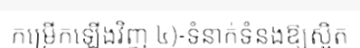
កម្រើកឡើងវិញ ៤)-ទំនាក់ទំនងឱ្យស្អិត